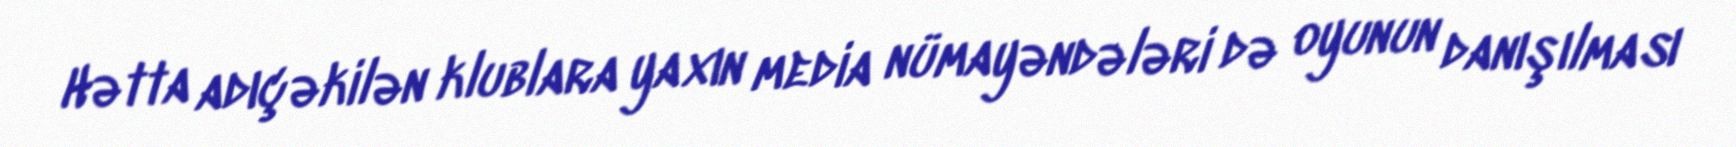
Hətta adıçəkilən klublara yaxın media nümayəndələri də oyunun danışılması